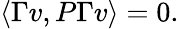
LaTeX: \langle\Gamma v,P\Gamma v\rangle=0.